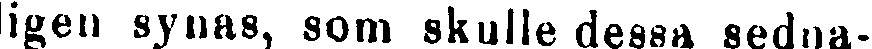
ligen synas, som skulle dessa sedna-